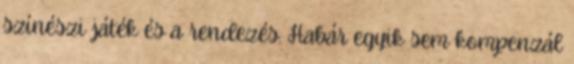
színészi játék és a rendezés. Habár egyik sem kompenzál